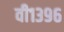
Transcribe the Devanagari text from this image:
वी१३९६